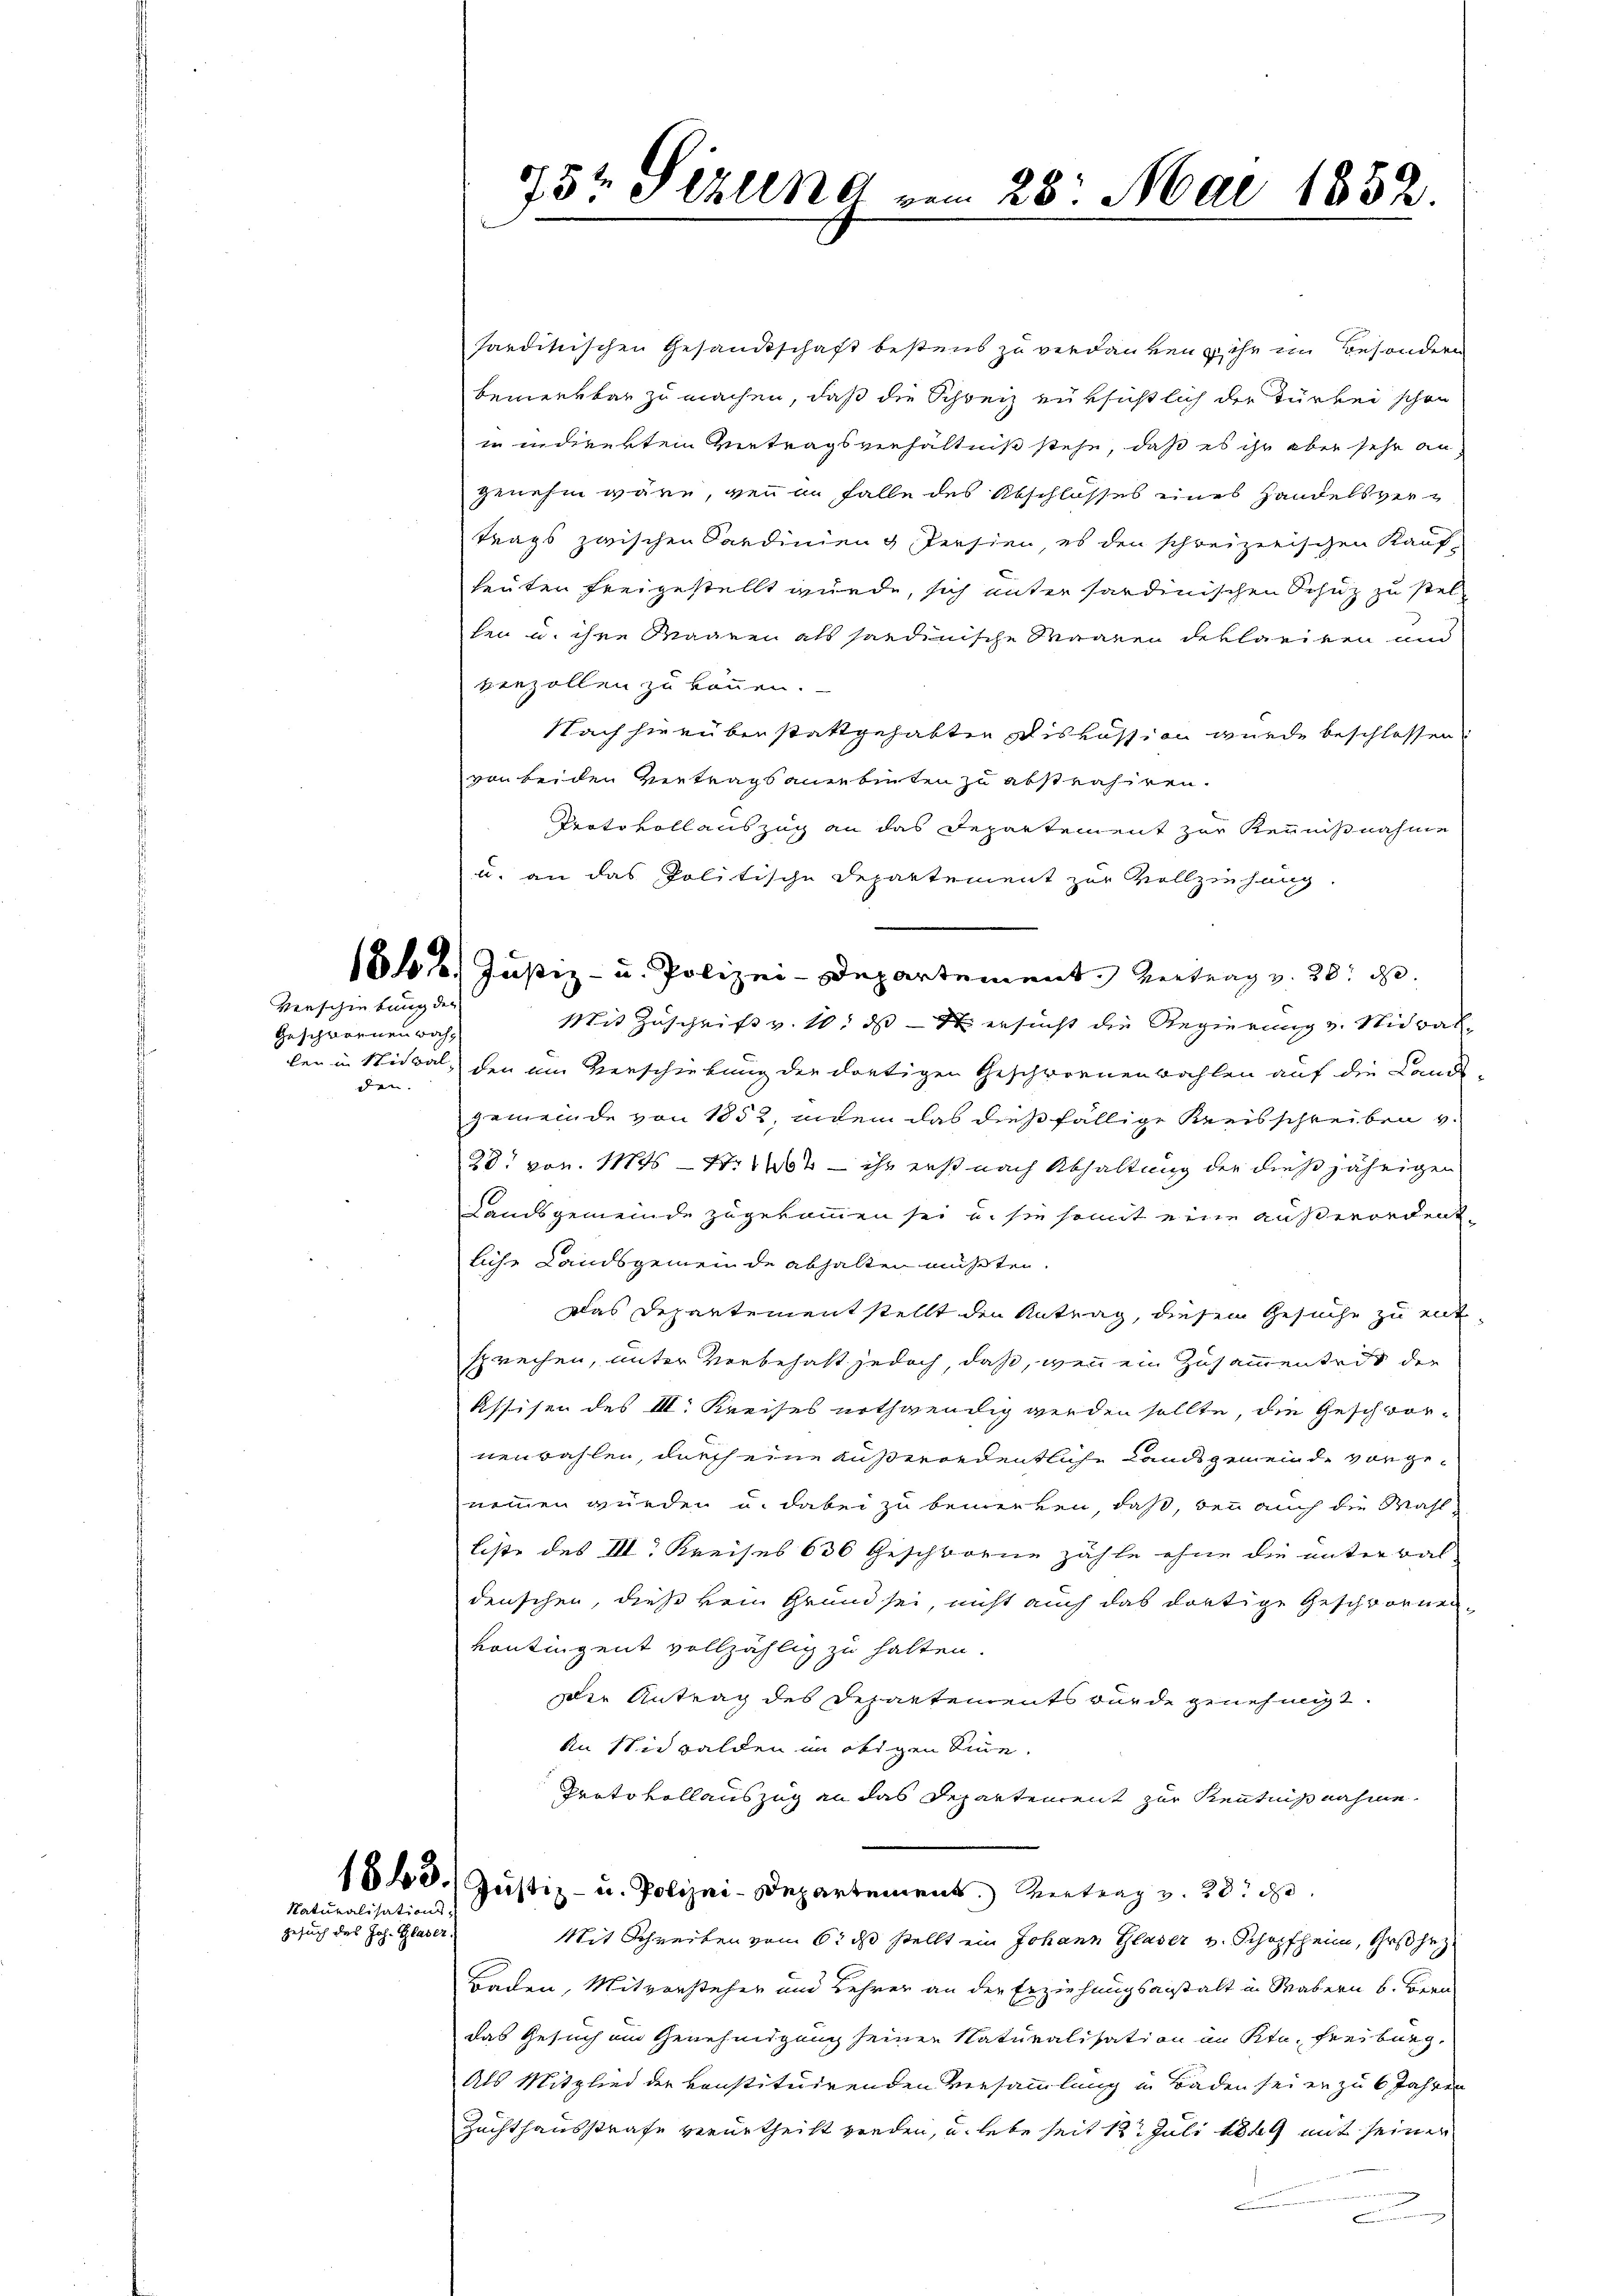
Verschiebung der
Geschwornen woch,
den.

Naturalisations¬
Gesuch des Joh. Glaser,

sarditischen Gesandtschaft bestens zu verdanken ihr im Besondern
bemerkbar zu machen, daß die Schweiz rüksichtlich der Türkei schon
in indirekten Vertragsverhältniß stehe, daß es ihr aber sehr an
genehm wäre, wenn in Falle des Abschlosses eines Handelsvertrags zwischen Sardinien & Persien, es den schreizerischen Kauf-
heuten freigestellt wurde, sich unter sardinischen Schutz zu stel-
ten u. ihre Waaren als sondinische Waaren deklamiren und
verzollen zu können.
Nach hierüber stattgehabten Diskussion wurde beschlossen:
von beiden Vertrags anerbinten zu abstrahiren.
Protokollauszug an das Departement zur Kennnißnahme
u. an das Politische Departement zur Vollziehung
1816. Justiz- u. Polizei-Departement. Vertrag v. 20. d.
Mit Zuschrift v. 10. ds et ersucht die Regierung v. Nidwal
len in Nidwal, den im Verschiebung der dortigen Geschwornenwahlen auf die Land-
gemeinde von 1852, indem das dießfällige Kreisschreiben v.
28. von 1776 Nr 1202 – ihr erst nach Abhaltung der diese jährigen
Landsgemeinde zugekommen sei, u. sie somit eine außerordent-
liche Landsgemeinde abhalten müßten.
Das Departementstellt den Antrag, diesem Gesuche zu ent-
sprechen, unter Vorbehaft jedoch, daß, wenn ein Zusammentedt der
Assisen des III. Kreises nothwendig werden sollte, die Geschwornenwahlen, durch eine außerordentliche Landsgemeinde vorgenommen wurden u. dabei zu bemerken, daß, den auch die Wahlliste des I. Kreises 636 Geschworne zähle ohne die unterwaldenschen, dieß kein Grund sei, nicht auch das dortige Geschwornenkontingent vollzählig zu halten.
Die Antrag des Departements wurde genehmigt.
An Nidwalden im obigen Sinne.
Prato vollauszug an das Departement zur Kenntnisnahme.
1863. Justiz- u. Polizei-Departement. Vertrag v. 28. d.
Mit Schreiben vom 6. ds stellt ein Johann Glaser v. Schopfheim, Grßhez
Baden, Mitvorsteher und Lehrer an der Erziehungsanstalt in Wabern b. Bern
das Gesuch am Genehmigung seiner Naturalisation an Ktn. Freiburg,
Als Mitglied der konstituirenden Versammlung in Baden sei er zu 6 Jahren
Zuchthausstrafe verurtheilt werden, u. lebe seit 12. Juli 1849 mit seiner
immenen

734 Sizung vom 28. Mai 1852.